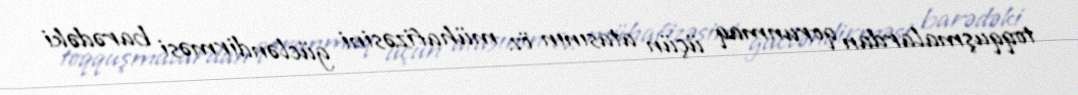
toqquşmalardan qorunmaq üçün atasının öz mühafizəsini gücləndirməsi barədəki